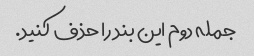
جمله دوم این بند را حذف کنید.